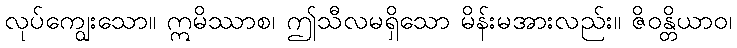
လုပ်ကျွေးသော။ ဣမိဿာစ၊ ဤသီလမရှိသော မိန်းမအားလည်း။ ဇိဝန္တိယာဝ၊